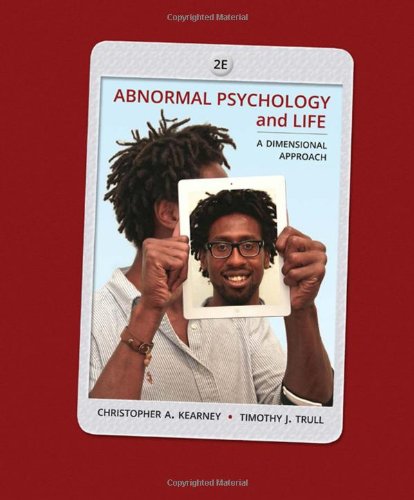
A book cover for Abnormal Psychology and Life: A Dimensional Approach; Chris Kearney; Medical Books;